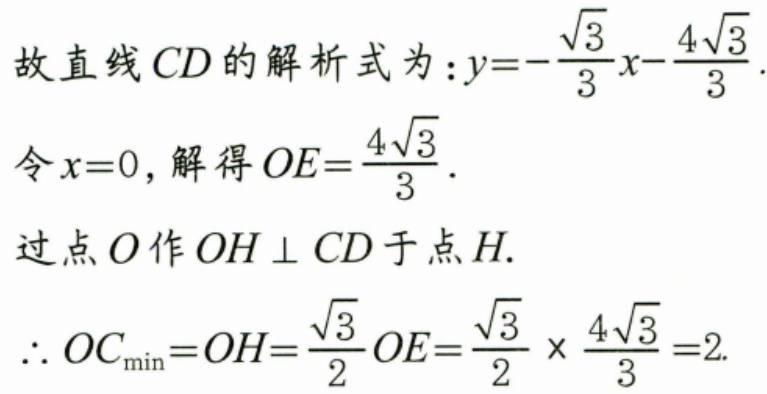
故直线 \(CD\) 的解析式为：\(y = -\frac{\sqrt{3}}{3}x-\frac{4\sqrt{3}}{3}\).
令 \(x = 0\)，解得 \(OE=\frac{4\sqrt{3}}{3}\).
过点 \(O\) 作 \(OH\perp CD\) 于点 \(H\).
\(\therefore OC_{\min}=OH=\frac{\sqrt{3}}{2}OE=\frac{\sqrt{3}}{2}\times\frac{4\sqrt{3}}{3}=2\).